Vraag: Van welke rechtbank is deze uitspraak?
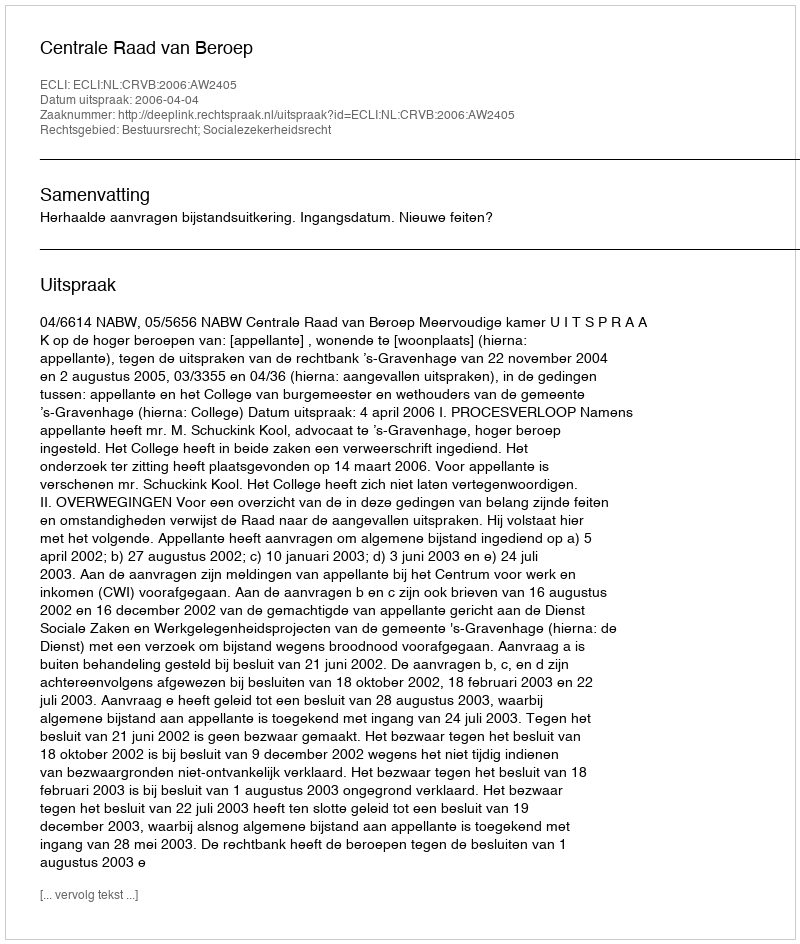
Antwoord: Centrale Raad van Beroep